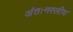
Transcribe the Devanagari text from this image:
अंतःनस्लीय